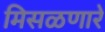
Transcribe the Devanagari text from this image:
मिसळणारे